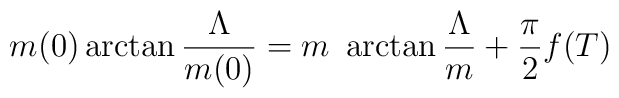
m(0)\arctan\frac{\Lambda}{m(0)}= m \ \arctan\frac{\Lambda}{m}+\frac{\pi}{2}f(T)